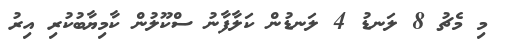
މި މެޗު 8 ލަނޑު 4 ލަނޑުން ކަލާފާނު ސްކޫލުން ކާމިޔާބުކުރި އިރު